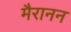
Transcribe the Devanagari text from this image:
मैरानन